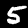
Label: 5